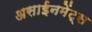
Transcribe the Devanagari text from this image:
असाईनमेंट्स